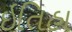
ઇતિહા